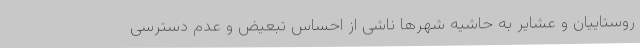
روستاییان و عشایر به حاشیه شهرها ناشی از احساس تبعیض و عدم دسترسی